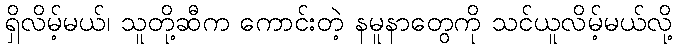
ရှိလိမ့်မယ်၊ သူတို့ဆီက ကောင်းတဲ့ နမူနာတွေကို သင်ယူလိမ့်မယ်လို့